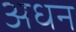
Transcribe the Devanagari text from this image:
अधन